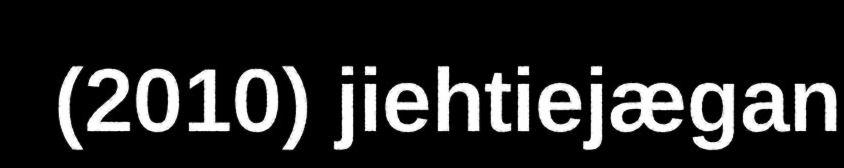
(2010) jiehtiejægan